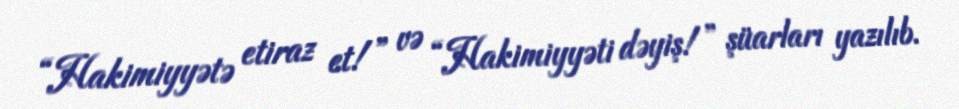
“Hakimiyyətə etiraz et!” və “Hakimiyyəti dəyiş!” şüarları yazılıb.